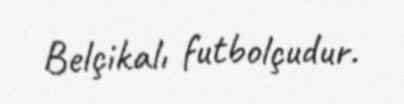
Belçikalı futbolçudur.